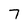
Character: 7